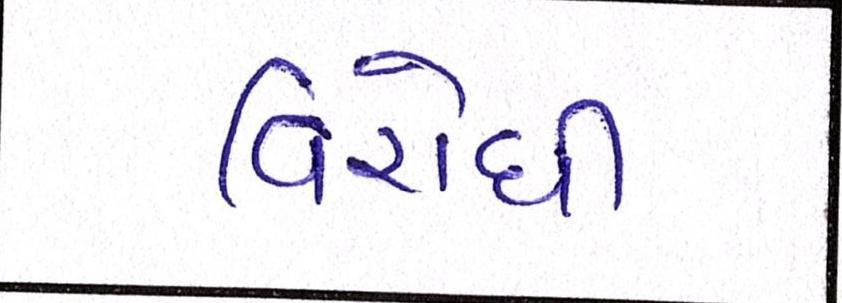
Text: વિરોધી